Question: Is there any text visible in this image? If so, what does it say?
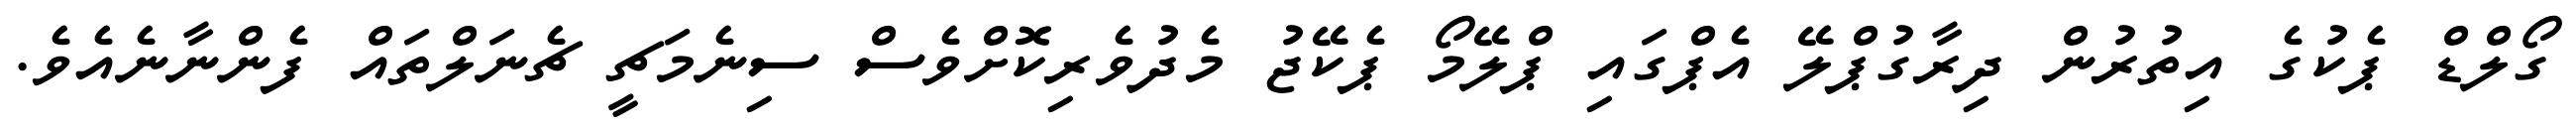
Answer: ގޯލްޑް ޕެކުގެ އިތުރުން ދިރާގުޕްލޭ އެޕްގައި ޕްލޭމޯ ޕެކޭޖު މެދުވެރިކޮށްވެސް ސިނެމަޗީ ޗެނަލްތައް ފެންނާނެއެވެ.